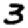
Digit: 3